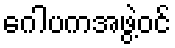
ဂေါပကအဖွဲ့ဝင်